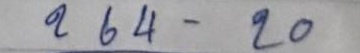
264 - 20